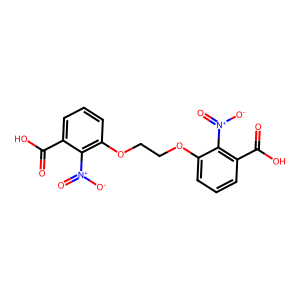
SMILES: O=C(O)c1cccc(OCCOc2cccc(C(=O)O)c2[N+](=O)[O-])c1[N+](=O)[O-]
Inhibits HIV replication: No